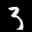
Label: 3